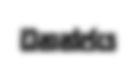
ධනන්ජය